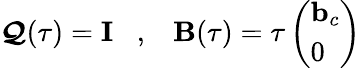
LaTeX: \boldsymbol{\mathcal Q}(\tau)={\mathbf I}\; \; \; ,\; \; \; {\mathbf B}(\tau)=\tau\left(\begin{array}{l}{{\mathbf b}_{c}}\\ {0}\end{array}\right)